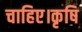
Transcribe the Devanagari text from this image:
चाहिए।कृषि